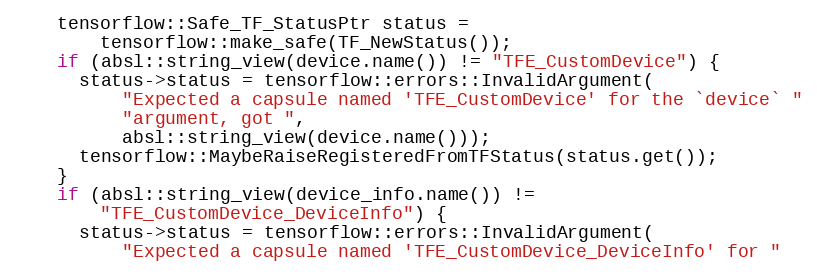
Language: C++
    tensorflow::Safe_TF_StatusPtr status =
        tensorflow::make_safe(TF_NewStatus());
    if (absl::string_view(device.name()) != "TFE_CustomDevice") {
      status->status = tensorflow::errors::InvalidArgument(
          "Expected a capsule named 'TFE_CustomDevice' for the `device` "
          "argument, got ",
          absl::string_view(device.name()));
      tensorflow::MaybeRaiseRegisteredFromTFStatus(status.get());
    }
    if (absl::string_view(device_info.name()) !=
        "TFE_CustomDevice_DeviceInfo") {
      status->status = tensorflow::errors::InvalidArgument(
          "Expected a capsule named 'TFE_CustomDevice_DeviceInfo' for "